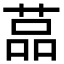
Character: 䓵